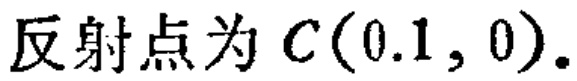
反射点为 \(C(0.1,0)\).